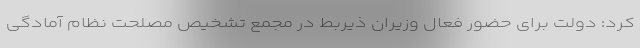
کرد: دولت برای حضور فعال وزیران ذیربط در مجمع تشخیص مصلحت نظام آمادگی